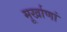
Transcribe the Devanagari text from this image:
मूर्खाणां